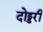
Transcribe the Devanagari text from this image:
दोड्डरी